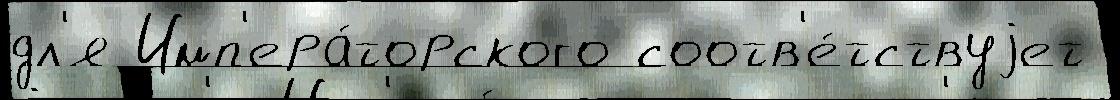
дл'я Имп'ера́торского соотв'е́тствуjет